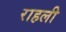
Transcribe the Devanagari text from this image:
राहली